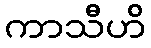
ကာသီဟိ